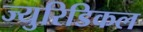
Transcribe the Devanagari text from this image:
ज्युरिडिकल